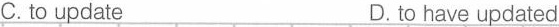
C. to update D. to have updated